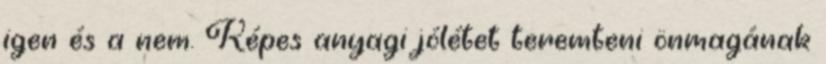
igen és a nem. Képes anyagi jólétet teremteni önmagának